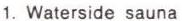
1. Waterside sauna